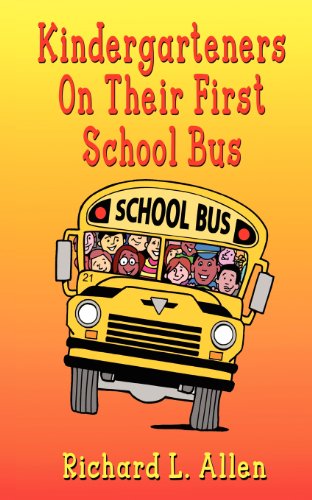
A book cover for Kindergarteners On Their First School Bus; Richard L. Allen; Children's Books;